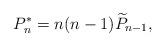
LaTeX: \begin{align*}P_n^* = n(n-1)\widetilde{P}_{n-1},\end{align*}